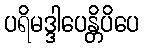
ပရိမဒ္ဒါပေန္တိပိပေ